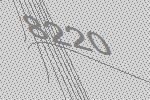
8220